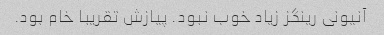
آنیونی رینگز زیاد خوب نبود. پیازش تقریبا خام بود.